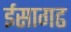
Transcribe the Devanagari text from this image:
ईसागढ